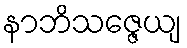
နာဘိသဇ္ဇေယျ